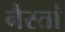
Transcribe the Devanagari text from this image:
नैस्तां